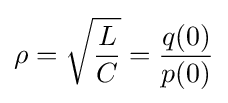
\rho ={\sqrt {\frac {L}{C}}}={\frac {q(0)}{p(0)}}